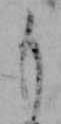
も